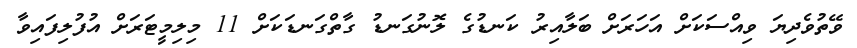
ވޭތުވެދިޔަ ވިއްސަކަށް އަހަރަށް ބަލާއިރު ކަނޑުގެ ލޮނުގަނޑު ގާތްގަނޑަކަށް 11 މިލިމީޓަރަށް އުފުލިފައިވާ